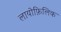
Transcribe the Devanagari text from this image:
लायोफ़िलिक